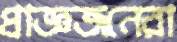
প্রাজ্ঞজনেরা